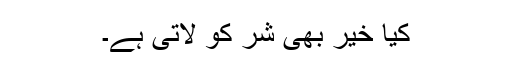
کیا خیر بھی شر کو لاتی ہے۔